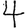
Digit: 4